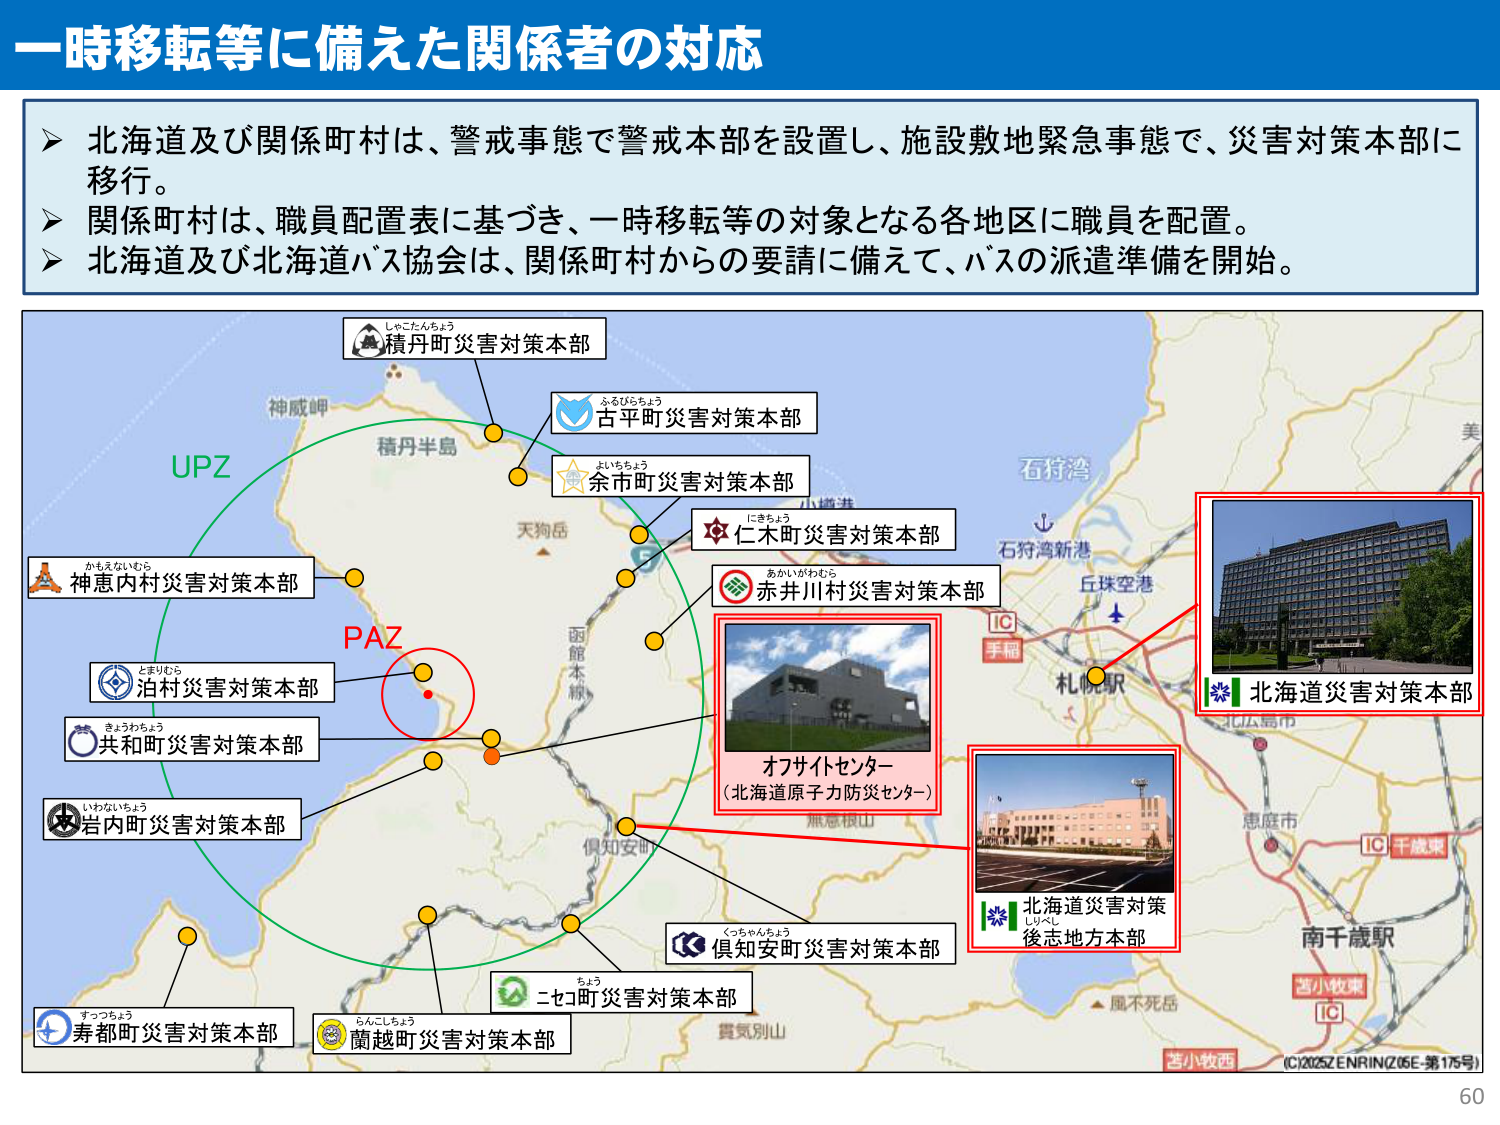
一時移転等に備えた関係者の対応

➤ 北海道及び関係町村は、警戒事態で警戒本部を設置し、施設敷地緊急事態で、災害対策本部に移行。
➤ 関係町村は、職員配置表に基づき、一時移転等の対象となる各地区に職員を配置。
➤ 北海道及び北海道バス協会は、関係町村からの要請に備えて、バスの派遣準備を開始。

しょこたんちょう
積丹町災害対策本部

ふるびらちょう
古平町災害対策本部

よいちちょう
余市町災害対策本部

にきちょう
仁木町災害対策本部

あかいがわむら
赤井川村災害対策本部

かもえないむら
神恵内村災害対策本部

とまりむら
泊村災害対策本部

きょうわちょう
共和町災害対策本部

いわないちょう
岩内町災害対策本部

すっつちょう
寿都町災害対策本部

らんこしちょう
蘭越町災害対策本部

ちよう
ニセコ町災害対策本部

くっちゃんちょう
倶知安町災害対策本部

オフサイトセンター
（北海道原子力防災センター）

北海道災害対策本部

北海道災害対策
後志地方本部

UPZ
PAZ

神威岬
積丹半島
天狗岳
函館本線
倶知安町
黒恵根山
貴気別山
屈不死岳
石狩湾
石狩湾新港
丘珠空港
札幌駅
手稲
恵庭市
南千歳駅
苫小牧東
苫小牧西
IC
IC
IC

（C12025Z ENRINZ06E-第175号）

60